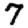
Digit: 7